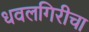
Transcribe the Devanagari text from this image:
धवलगिरीचा